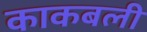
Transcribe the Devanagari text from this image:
काकबली